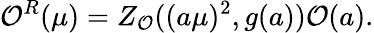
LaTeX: {\cal O}^{R}(\mu)=Z_{\cal O}((a\mu)^{2},g(a)){\cal O}(a).